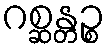
ဂစ္ဆန္တဉ္စ